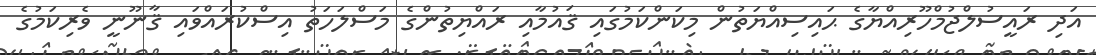
އަދި ރައީސުލްޖުމްހޫރިއްޔާގެ ޙައިސިއްޔަތުން މިކަންކަމުގައި ޤައުމާއި ރައްޔިތުންގެ މަސްލަހަތު އިސްކުރައްވައި ޤާނޫނީ ވެރިކަމުގެ